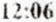
12:06